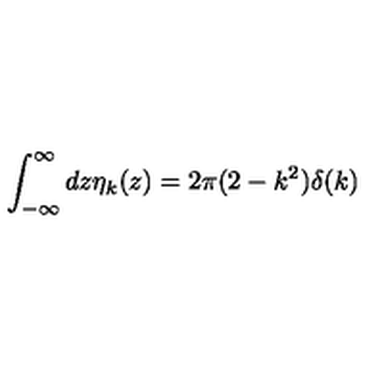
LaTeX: \int _ { - \infty } ^ { \infty } d z \eta _ { k } ( z ) = 2 \pi ( 2 - k ^ { 2 } ) \delta ( k )